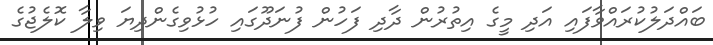
ބައްދަލުކުރައްވާފައި އަދި މީގެ އިތުރުން ދާދި ފަހުން ފުނަދޫގައި ހުޅުވިގެންދިޔަ ވިލާ ކޮލެޖުގެ